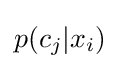
p(c_{j}|x_{i})